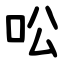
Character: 㕬